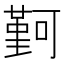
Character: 𫮭